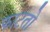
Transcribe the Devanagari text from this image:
फाटतो